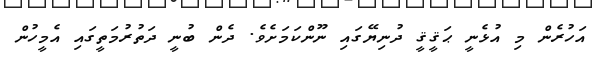
އަހުރެން މި އުޅެނީ ޙަޤީޤީ ދުނިޔޭގައި ނޫންކަމަށެވެ. ދެން ބުނީ ދަތުރުމަތީގައި އެމީހުން